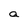
Character: a